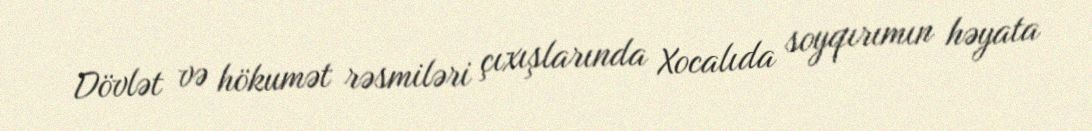
Dövlət və hökumət rəsmiləri çıxışlarında Xocalıda soyqırımın həyata